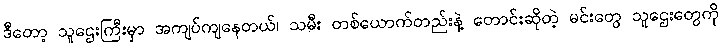
ဒီတော့ သူဌေးကြီးမှာ အကျပ်ကျနေတယ်၊ သမီး တစ်ယောက်တည်းနဲ့ တောင်းဆိုတဲ့ မင်းတွေ သူဌေးတွေကို